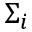
\Sigma _ { i }